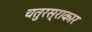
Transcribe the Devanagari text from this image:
चतुरस्राकार